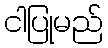
ငါပြုမည်